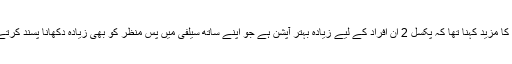
کمپنی کا مزید کہنا تھا کہ پکسل 2 ان افراد کے لیے زیادہ بہتر آپشن ہے جو اپنے ساتھ سیلفی میں پس منظر کو بھی زیادہ دکھانا پسند کرتے ہوں۔